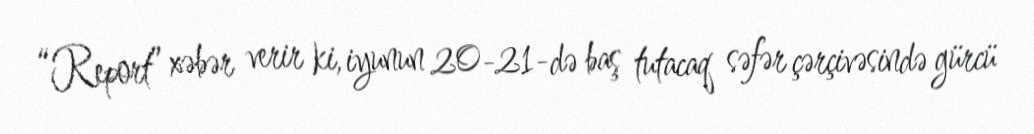
“Report” xəbər verir ki, iyunun 20-21-də baş tutacaq səfər çərçivəsində gürcü